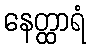
နေတ္ထာရံ